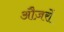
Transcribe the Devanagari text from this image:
औज़रों